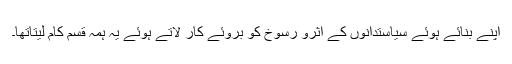
اپنے بنائے ہوئے سیاستدانوں کے اثرو رسوخ کو بروئے کار لاتے ہوئے یہ ہمہ قسم کام لیتاتھا۔